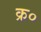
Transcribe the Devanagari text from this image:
क्र०